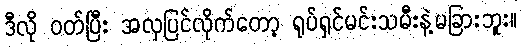
ဒီလို ဝတ်ပြီး အလှပြင်လိုက်တော့ ရုပ်ရှင်မင်းသမီးနဲ့မခြားဘူး။